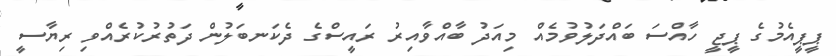
ޕީޕީއެމުގެ ޕީޖީ ހާއްސަ ބައްދަލުވުމެއް މިއަދު ބާއްވާއިރު ރައީސްގެ ދެކަނބަލުން ދަތުރުކުރެއްވި ރިޔާސީ